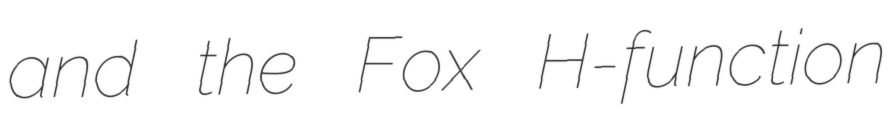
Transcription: and the Fox H-function